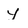
Character: y